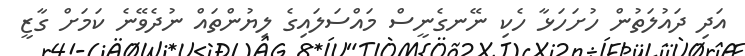
އަދި ދައުލަތުން ހުށަހަޅާ ހެކި ނޭނގެނީސް މައްސަލައިގެ ލިޔުންތައް ނުދެވޭނެ ކަމަށް ގާޒީ